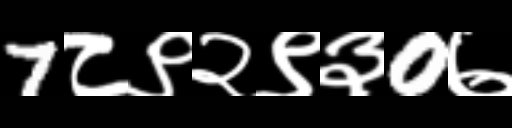
Text: 7८९२९३0७